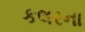
કલરના